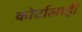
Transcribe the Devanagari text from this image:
कोर्टालाही